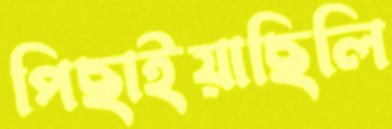
পিছাইয়াছিলি